Indian journal of veterinary science and animal husbandry - Volumes 22-23, 1952-1953
Year: 1952
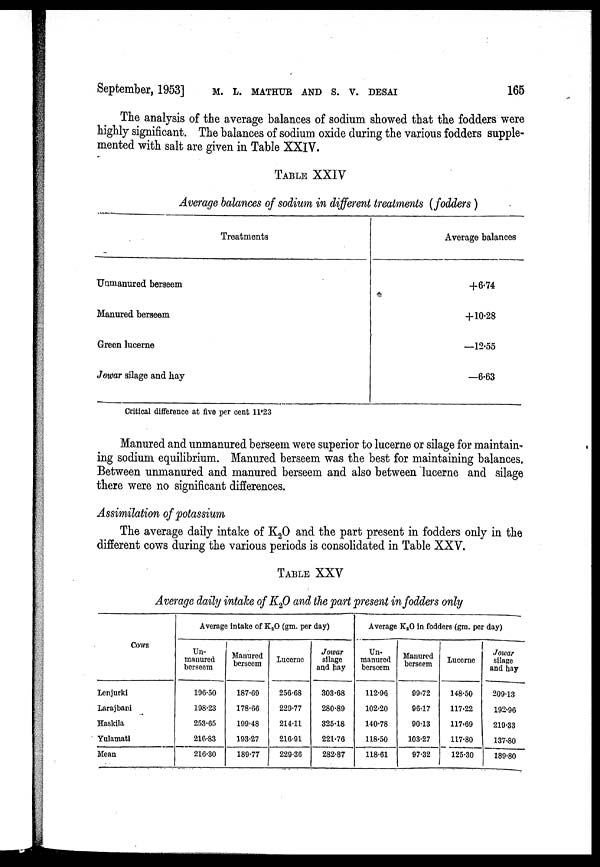
September, 1953] M. L. MATHUR AND S. V. DESAI 165
The analysis of the average balances of sodium showed that the fodders were
highly significant. The balances of sodium oxide during the various fodders supple-
mented with salt are given in Table XXIV.
TABLE XXIV
Average balances of sodium in different treatments (fodders)
Treatments
Uumanured berseem
Manured berseem
Green lucerne
Jowar silage and hay
Average balances
+6.74
+ 10.28
—12.55
—6.63
Critical difference at five per cent 11.23
Manured and unmanured berseem were superior to lucerne or silage for maintain-
ing sodium equilibrium. Manured berseem was the best for maintaining balances,
Between unmanured and manured berseem and also between lucerne and silage
there were no significant differences.
Assimilation of potassium
The average daily intake of K 2 O and the part present in fodders only in the
different cows during the various periods is consolidated in Table XXV.
TABLE XXV
Average daily intake of K 2 O and the part present in fodders only
Cows
Lenjurki
Larajbani
Haskila
Yulamati
Mean
Average intake of K 2 O (gm. per day)
Un-
manured
berseem
196.50
198.23
253.65
216.83
216.30
Manured
berseem
187.69
178.66
199.48
193.27
189.77
Lucerne
256.68
229.77
214.11
216.91
229.36
Jowar
silage
and hay
303.68
280.89
325.18
221.76
282.87
Average K 2 O in fodders (gm. per day)
Un-
manured
berseem
112.96
102.20
140.78
118.50
118.61
Manured
berseem
99.72
96.17
90.13
103.27
97.32
Lucerne
148.50
117.22
117.69
117.80
125.30
Jowar
silage
and hay
209.13
192.96
219.33
137.80
189.80